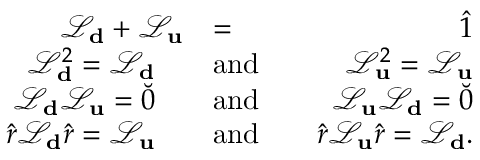
\begin{array} { r l r } { \mathcal { L } _ { \bf d } + \mathcal { L } _ { \bf u } } & { = } & { \hat { 1 } } \\ { \mathcal { L } _ { \bf d } ^ { 2 } = \mathcal { L } _ { \bf d } \quad } & { \mathrm { a n d } } & { \quad \mathcal { L } _ { \bf u } ^ { 2 } = \mathcal { L } _ { \bf u } } \\ { \mathcal { L } _ { \bf d } \mathcal { L } _ { \bf u } = \breve { 0 } \quad } & { \mathrm { a n d } } & { \quad \mathcal { L } _ { \bf u } \mathcal { L } _ { \bf d } = \breve { 0 } } \\ { \hat { r } \mathcal { L } _ { \bf d } \hat { r } = \mathcal { L } _ { \bf u } \quad } & { \mathrm { a n d } } & { \quad \hat { r } \mathcal { L } _ { \bf u } \hat { r } = \mathcal { L } _ { \bf d } . } \end{array}